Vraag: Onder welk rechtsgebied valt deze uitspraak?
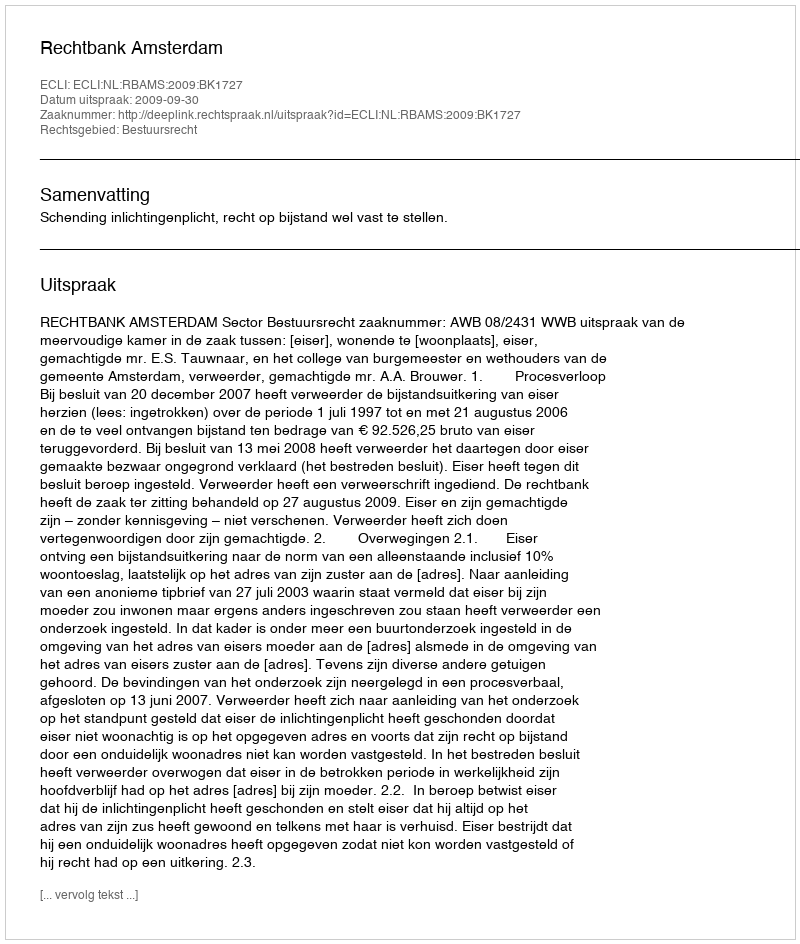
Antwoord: Bestuursrecht